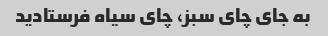
به جای چای سبز، چای سیاه فرستادید